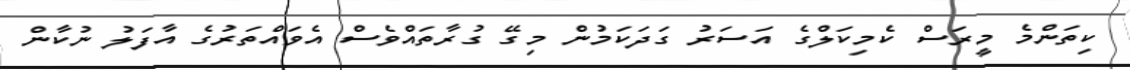
ކިތަންމެ މީރަސް ކެމިކަލްގެ އަސަރު ގަދަކަމުން މިގޭ ގުރާތައްވެސް އެވައްތަރުގެ އާފަލު ނުކާން